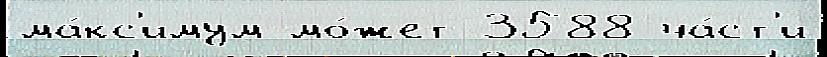
ма́кс'имум мо́жет 3588 ча́ст'и